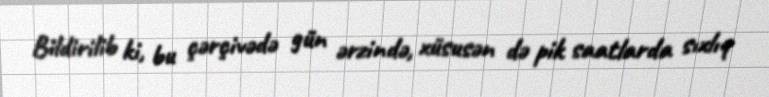
Bildirilib ki, bu çərçivədə gün ərzində, xüsusən də pik saatlarda sıxlıq